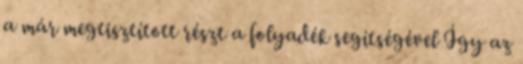
a már megtisztított részt a folyadék segítségével Így az